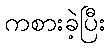
ကစားခဲ့ပြီး